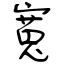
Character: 寬